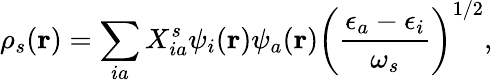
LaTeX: \rho_{s}(\mathbf{r})=\sum_{ia}X_{ia}^{s}\psi_{i}(\mathbf{r})\psi_{a}(\mathbf{r})\left(\frac{\epsilon_{a}-\epsilon_{i}}{\omega_{s}}\right)^{1/2},